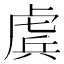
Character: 𧇀